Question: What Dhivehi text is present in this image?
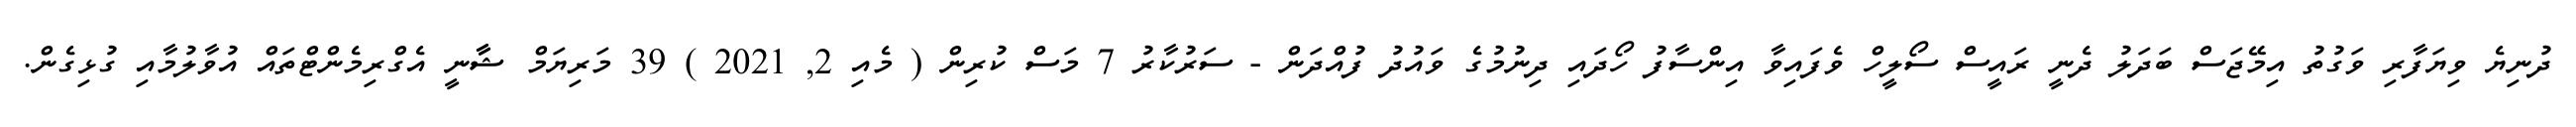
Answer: ދުނިޔެ ވިޔަފާރި ވަގުތު އިމޭޖަސް ބަދަލު ދެނީ ރައީސް ސޯލީހް ވެފައިވާ އިންސާފު ހޯދައި ދިނުމުގެ ވައުދު ފުއްދަން - ސަރުކާރު 7 މަސް ކުރިން ( މެއި 2, 2021 ) 39 މަރިޔަމް ޝާާނީ އެގްރިމެންޓްތައް އުވާލުމާއި ގުޅިގެން.